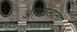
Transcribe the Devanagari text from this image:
आढळताता